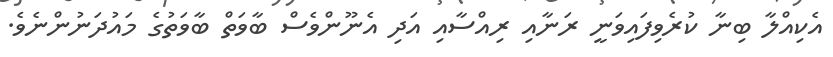
އެކިއްލާ ބިނާ ކުރެވިފައިވަނީ ރަނާއި ރިއްސާއި އަދި އެނޫންވެސް ބާވަތް ބާވަތުގެ މައުދަނުންނެވެ.